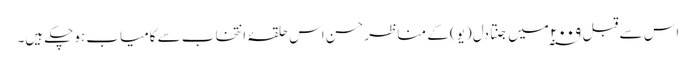
اس سے قبل ۲۰۰۹ ؁ میں جنتا دل (یو) کے مناظر حسن اس حلقۂ انتخاب سے کامیاب ہوچکے ہیں۔